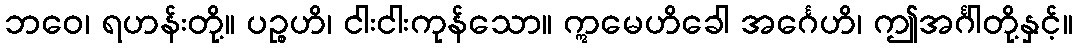
ဘဝေ၊ ရဟန်းတို့။ ပဉ္စဟိ၊ ငါးငါးကုန်သော။ ဣမေဟိခေါ အင်္ဂေဟိ၊ ဤအင်္ဂါတို့နှင့်။